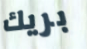
بريك